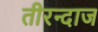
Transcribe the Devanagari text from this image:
तीरन्दाज